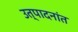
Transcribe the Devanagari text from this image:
उत्पादनांत